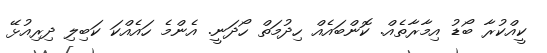
ކީއްކުރާ ބޯޑު އިމާރާތެއް. ކޮންބައެއް ހިދުމަތް ހޯދަނީ. އެންމެ ހައެއްކަ ކަބިލި ދިރިއުޅޭ